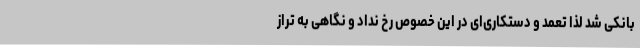
بانکی شد لذا تعمد و دستکاری‌ای در این خصوص رخ نداد و نگاهی به تراز